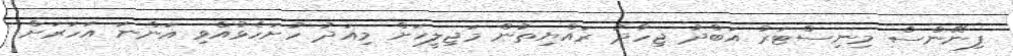
ފިނޭންސް މިނިސްޓަރު އަބްދު ޖިހާދު ރައްޔިތުން މަޖިލީހަށް މިއަދު ހުށަހެޅުއްވި އަންނަ އަހަަރަށް